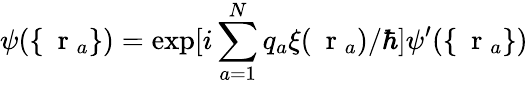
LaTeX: \psi(\{ \mathrm{~\mathbf~r~}_{a}\} )=\exp[i\sum_{a=1}^{N}q_{a}\xi(\mathrm{~\mathbf~r~}_{a})/\hbar]\psi^{\prime}(\{ \mathrm{~\mathbf~r~}_{a}\} )